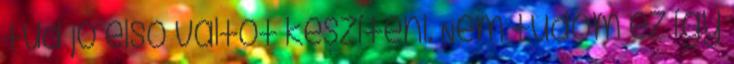
tud jó első váltót készíteni. Nem tudom ez így